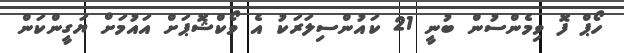
ހޯޕް ފޮ ވިމެންސުން ބުނީ 21 ކައުންސިލަރަކު އެ ވޯކްޝޮޕަށް އައުމަށް ޔަގީންކަން